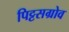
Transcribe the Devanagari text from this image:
पिट्टसग्रोव